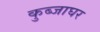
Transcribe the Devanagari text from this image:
कुब्जाघर